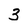
Character: 3